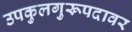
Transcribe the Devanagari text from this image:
उपकुलगुरूपदावर